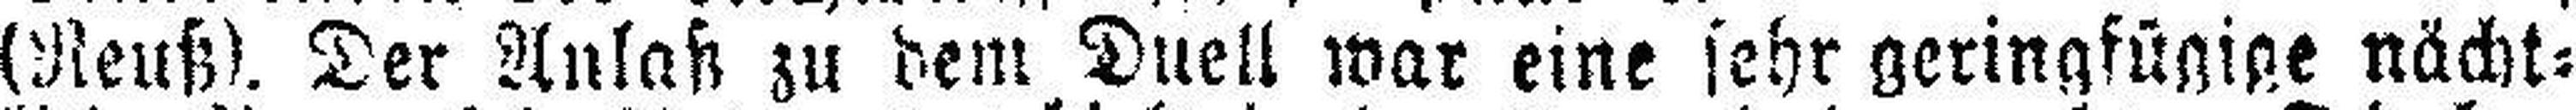
(Reuß). Der Anlaß zu dem Duell war eine sehr geringfügige nächt¬